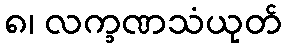
၈၊ လက္ခဏသံယုတ်